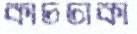
কাচঢাকা